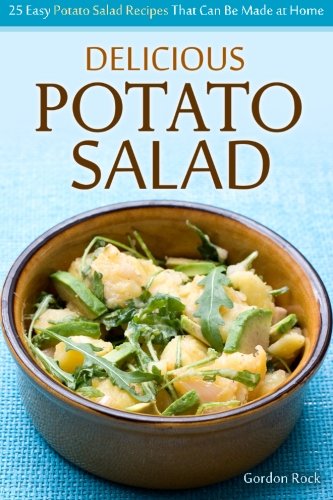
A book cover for Delicious Potato Salad: 25 Easy Potato Salad Recipes That Can Be Made at Home; Gordon Rock; Cookbooks, Food & Wine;